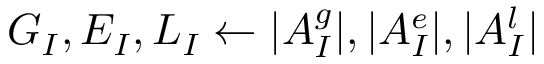
G _ { I } , E _ { I } , L _ { I } \leftarrow \vert A _ { I } ^ { g } \vert , \vert A _ { I } ^ { e } \vert , \vert A _ { I } ^ { l } \vert